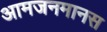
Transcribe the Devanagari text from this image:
आमजनमानस